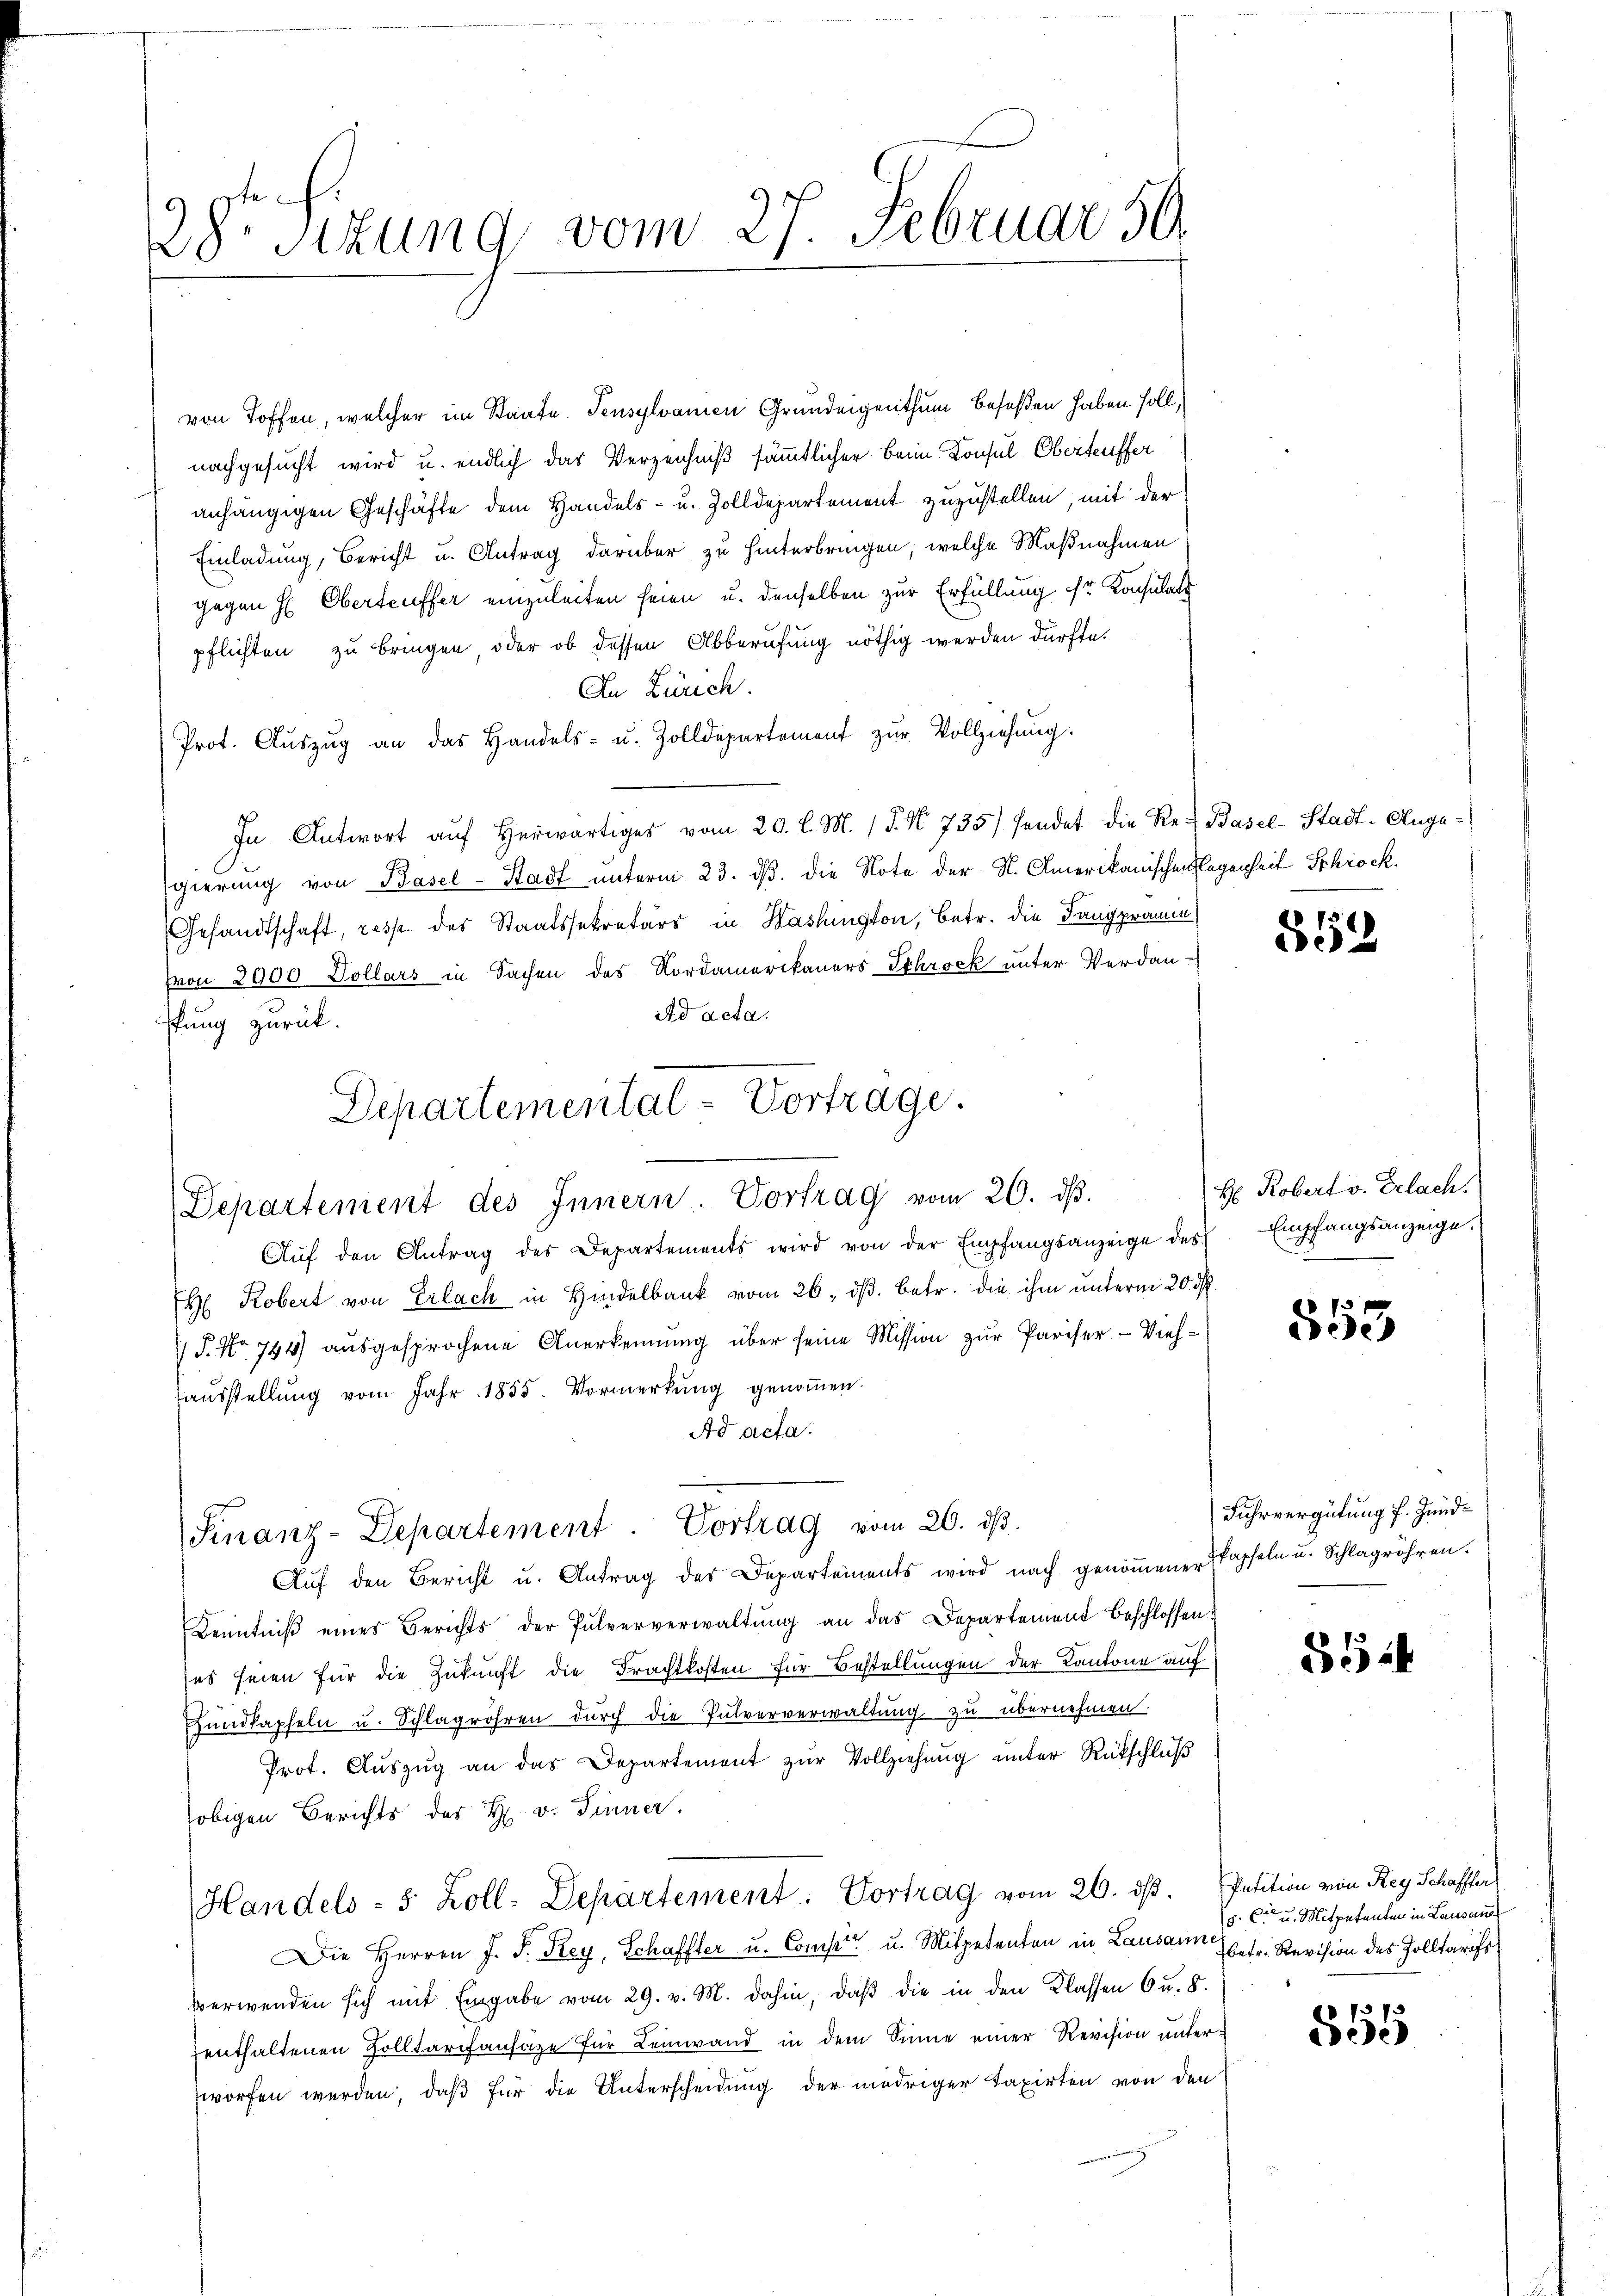
6
28sizung vom 27. Februar 59

von Toffen, welcher im Staate Tensylvanien Grundeigenthum besaßen haben soll,
) nachgesucht wird u. endlich das Verzeichniß sämmtlicher beim Konsul Oberteuffer
anhängigen Geschäfte dem Handels- u. Zolldepartement zuzustellen, mit der
Einladung, Bericht u. Antrag darüber zu hinterbringen, welche Maßnahmen
gegen H. Oberteuffer einzuleiten seien u. denselben zur Erfüllung sr Konsulats
pflichten zu bringen, oder ob dessen Abberufung nöthig werden dürfte.
An Zürch.
Prot. Aŭszŭg an das Handels- u. Zolldepartement zŭr Vollziehung.
In Antwort aŭf herwärtiges vom 20. l. M. (§. N. 735) sendet die Ret Basel-Stadt-Angegierung von Basel-Stadt unterm 23. dß. die Note der St. Amerikanischen legenheit Schrock
Gesandtschaft, resp. des Staatssekretärs in Washington, Betr. die Fangpramin
(von 2900 Dollars in Sachen des Nordamerikaners Schrock unter Verdan-
Ad acta.
ffung zurück.
Departemental-Vortrage.

Departement des Innern. Vortrag vom 20. dβ.

Finanz-Departement. Vortrag vom 26. ds.

Aŭf den Antrag des Departements wird von der Empfangsanzeige des Empfangsanzeige.
H Robert von Erlach in Hindelbank vom 26. ds. betr. die ihm unterm 20. d.
 P. Nr. 744) ausgesprochene Anerkennung über seine Mission zur Pariser-Viehaŭsstellŭng vom Jahr 1855. Vormerkŭng genoṁen.
Ad acta.
Aŭf den Bericht u. Antrag der Departements wird nach genoṁener Stapfeln u. Schlagröhren.
Kenntniß eines Berichts der Pulververwaltung an das Departement beschlossen:
es seien für die Zukunft die Frachtkosten für Bestellungen der Kantone auf
Eundkapfeln u. Schlagröhren durch die Pulververwaltung zu übernehmen.
Prot. Aŭszŭg an das Departement zŭr Vollziehung unter Rückschluß
obigen Berichts des H. v. Sinner.
Handels- 5 Zoll-Departement: Vortrag vom 26. dβ. Petition von Reg. Schaffter
Die Herren J. J. Key, Schaffter u. Compet u. Mitpetenten in Lausann betr. Revision des Zolltarifs.
verwenden sich mit Eingabe vom 29. v. M. dahin, daß die in den Klassen 6 u. 8.
tenthaltenen Zolltarifansäze für Leinwand in dem Sinne einer Revision unterzworfen werden, daß für die Unterscheidung der niedriger Taxirten von den

852

H. Robert v. Gelach.

553

Fuhrvergütung f. Zund¬

554

s. C. u. Mitpetenden in Lausanne

855